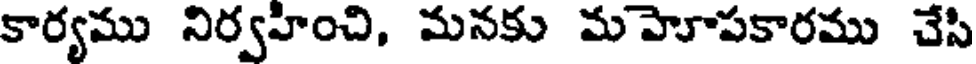
కార్యము నిర్వహించి, మనకు మహెూపకారము చేసి